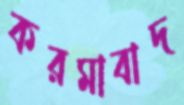
করমাবাদ